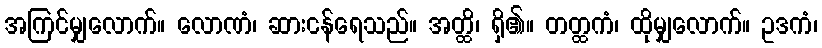
အကြင်မျှလောက်။ လောဏံ၊ ဆားငန်ရေသည်။ အတ္ထိ၊ ရှိ၏။ တတ္ထကံ၊ ထိုမျှလောက်။ ဥဒကံ၊